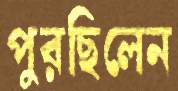
পুরছিলেন